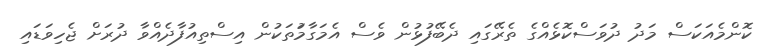
ކޮންމެއަކަސް މަދު ދުވަސްކޮޅެއްގެ ތެރޭގައި ދެބޭފުޅުން ވެސް އެމަގާމަުތަކުން އިސްތިއުފާދެއްވާ ދުރަށް ޖެހިވަޑައި